Rangoon Lunatic Asylum 1878-1892 - 1878-1892
Year: 1878
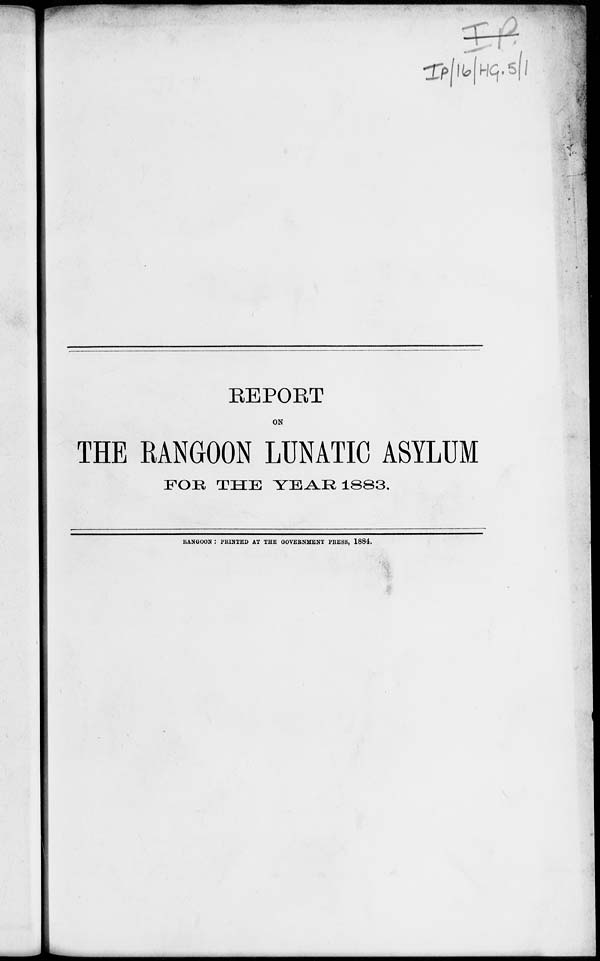
REPORT
ON
THE RANGOON LUNATIC ASYLUM
FOR THE YEAR 1883.
RANGOON : PRINTED AT THE GOVERNMENT PRESS, 1884.